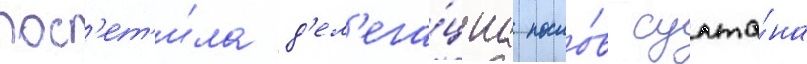
пос'ет'и́ла д'ел'ега́циа посло́в султа́на